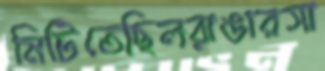
মিটিতেছিলরাঙারসা